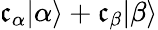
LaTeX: \mathfrak{c}_{\alpha}|\alpha\rangle+\mathfrak{c}_{\beta}|\beta\rangle